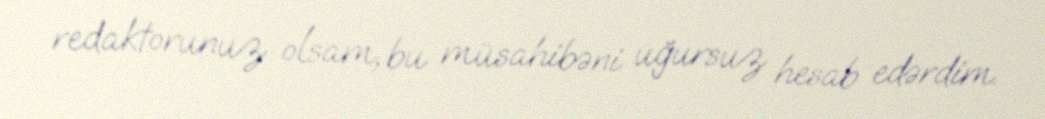
redaktorunuz olsam, bu müsahibəni uğursuz hesab edərdim.